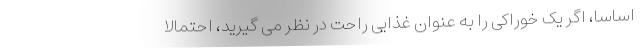
اساسا، اگر یک خوراکی را به عنوان غذایی راحت در نظر می گیرید، احتمالا